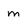
Character: m